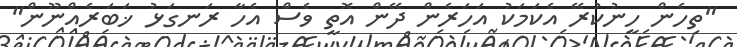
"ތިހެން ހީނުކުރޭ އެކަމަކު އަހަރެން ދޭން އޮތީ ވެސް އެހާ ރަނގަޅު ޚަބަރެއްނޫން"